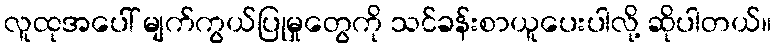
လူထုအပေါ် မျက်ကွယ်ပြုမှုတွေကို သင်ခန်းစာယူပေးပါလို့ ဆိုပါတယ်။